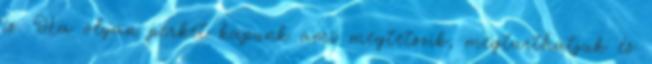
is. Ha olyan perket kapunk ami megtetszik, megtarthatjuk és